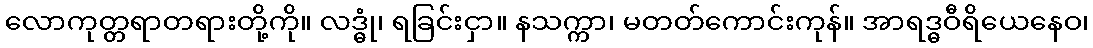
လောကုတ္တရာတရားတို့ကို။ လဒ္ဓုံ၊ ရခြင်းငှာ။ နသက္ကာ၊ မတတ်ကောင်းကုန်။ အာရဒ္ဓဝီရိယေနေဝ၊